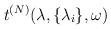
LaTeX: \begin{align*}t^{(N)}(\lambda ,\{\lambda _{i}\},\omega )\end{align*}